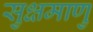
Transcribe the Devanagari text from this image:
सुक्षमाणु